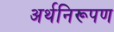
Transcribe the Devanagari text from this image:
अर्थनिरूपण